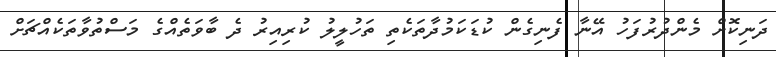
ދަނިކޮށް މެންދުރުފަހު އޭނާ ފެނިގެން ކުޑަކަމުދާތަކެތި ތަހުލީލު ކުރިއިރު ދެ ބާވަތެއްގެ މަސްތުވާތަކެއްޗަށް